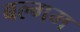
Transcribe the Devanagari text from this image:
बल्गम